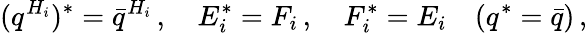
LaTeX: (q^{H_{i}})^{*}={\bar{q}}^{H_{i}}\, ,\quad E_{i}^{*}=F_{i}\, ,\quad F_{i}^{*}=E_{i}\quad(q^{*}=\bar{q})\, ,